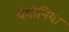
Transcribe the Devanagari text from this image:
पैंगोनिया